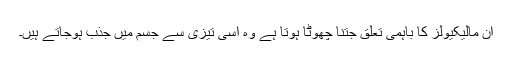
ان مالیکیولز کا باہمی تعلق جتنا چھوٹا ہوتا ہے وہ اسی تیزی سے جسم میں جذب ہوجاتے ہیں۔